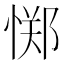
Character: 𫺫